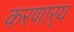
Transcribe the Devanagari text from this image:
करणार्‍य